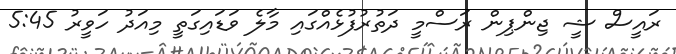
ރައީސް ޝީ ޖިންޕިން ރަސްމީ ދަތުރުފުޅެއްގައި މާލެ ވަޑައިގަތީ މިއަދު ހަވީރު 5:45